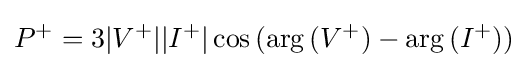
P^{+}=3|V^{+}||I^{+}|\cos {(\arg {(V^{+})}-\arg {(I^{+})})}